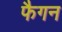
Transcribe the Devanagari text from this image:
फैगन